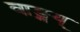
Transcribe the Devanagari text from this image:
वाङ्मय्